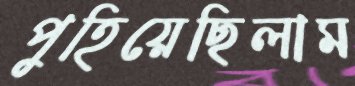
পুহিয়েছিলাম